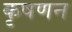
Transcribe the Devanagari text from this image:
कृषणन